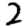
Digit: 2